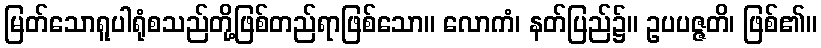
မြတ်သောရူပါရုံစသည်တို့ဖြစ်တည်ရာဖြစ်သော။ လောကံ၊ နတ်ပြည်၌။ ဥပပဇ္ဇတိ၊ ဖြစ်၏။